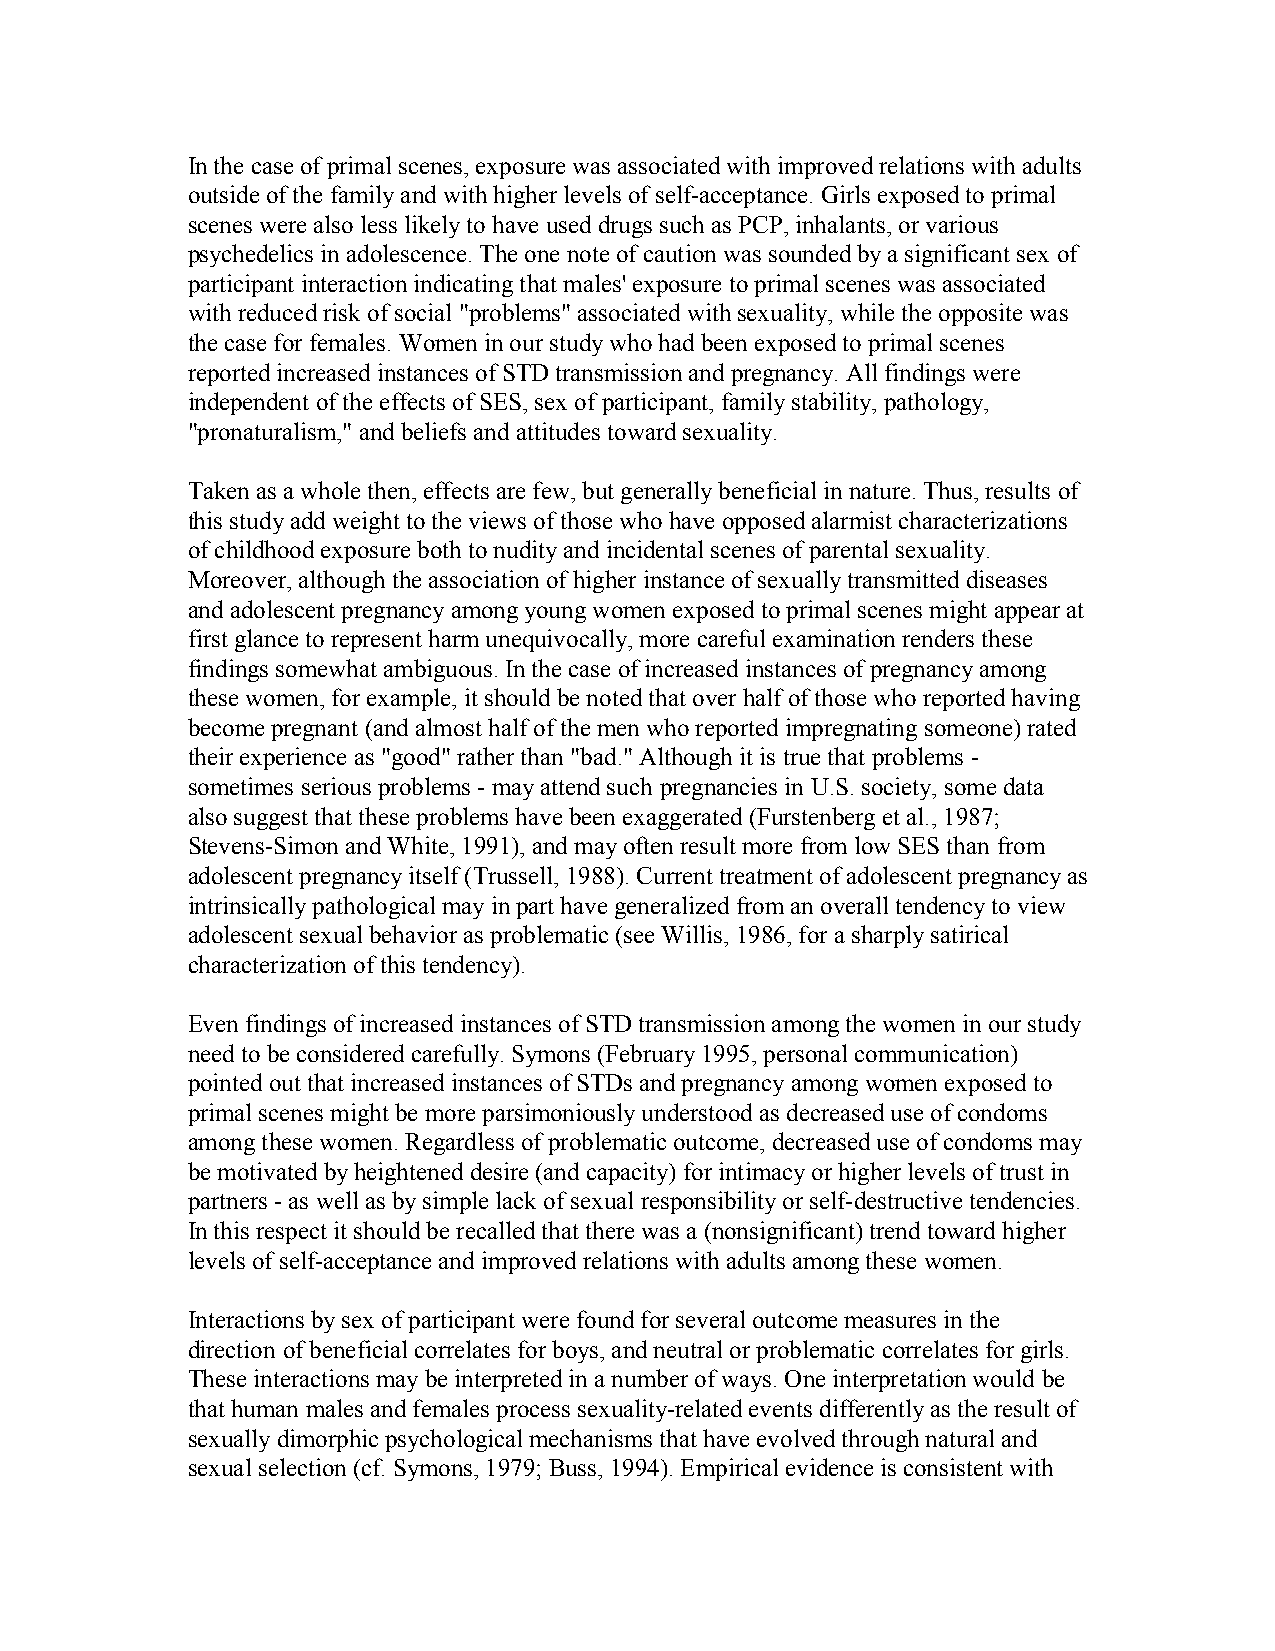
In the case of primal scenes, exposure was associated with improved relations with adults
 outside of the family and with higher levels of self-acceptance. Girls exposed to primal
 scenes were also less likely to have used drugs such as PCP, inhalants, or various
 psychedelics in adolescence. The one note of caution was sounded by a significant sex of
 participant interaction indicating that males' exposure to primal scenes was associated
 with reduced risk of social "problems" associated with sexuality, while the opposite was
 the case for females. Women in our study who had been exposed to primal scenes
 reported increased instances of STD transmission and pregnancy. All findings were
 independent of the effects of SES, sex of participant, family stability, pathology,
 "pronaturalism," and beliefs and attitudes toward sexuality.
 Taken as a whole then, effects are few, but generally beneficial in nature. Thus, results of
 this study add weight to the views of those who have opposed alarmist characterizations
 of childhood exposure both to nudity and incidental scenes of parental sexuality.
 Moreover, although the association of higher instance of sexually transmitted diseases
 and adolescent pregnancy among young women exposed to primal scenes might appear at
 first glance to represent harm unequivocally, more careful examination renders these
 findings somewhat ambiguous. In the case of increased instances of pregnancy among
 these women, for example, it should be noted that over half of those who reported having
 become pregnant (and almost half of the men who reported impregnating someone) rated
 their experience as "good" rather than "bad." Although it is true that problems -
 sometimes serious problems - may attend such pregnancies in U.S. society, some data
 also suggest that these problems have been exaggerated (Furstenberg et al., 1987;
 Stevens-Simon and White, 1991), and may often result more from low SES than from
 adolescent pregnancy itself (Trussell, 1988). Current treatment of adolescent pregnancy as
 intrinsically pathological may in part have generalized from an overall tendency to view
 adolescent sexual behavior as problematic (see Willis, 1986, for a sharply satirical
 characterization of this tendency).
 Even findings of increased instances of STD transmission among the women in our study
 need to be considered carefully. Symons (February 1995, personal communication)
 pointed out that increased instances of STDs and pregnancy among women exposed to
 primal scenes might be more parsimoniously understood as decreased use of condoms
 among these women. Regardless of problematic outcome, decreased use of condoms may
 be motivated by heightened desire (and capacity) for intimacy or higher levels of trust in
 partners - as well as by simple lack of sexual responsibility or self-destructive tendencies.
 In this respect it should be recalled that there was a (nonsignificant) trend toward higher
 levels of self-acceptance and improved relations with adults among these women.
 Interactions by sex of participant were found for several outcome measures in the
 direction of beneficial correlates for boys, and neutral or problematic correlates for girls.
 These interactions may be interpreted in a number of ways. One interpretation would be
 that human males and females process sexuality-related events differently as the result of
 sexually dimorphic psychological mechanisms that have evolved through natural and
 sexual selection (cf. Symons, 1979; Buss, 1994). Empirical evidence is consistent with